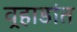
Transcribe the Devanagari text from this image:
वर्‍हाडांत